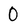
Character: 0